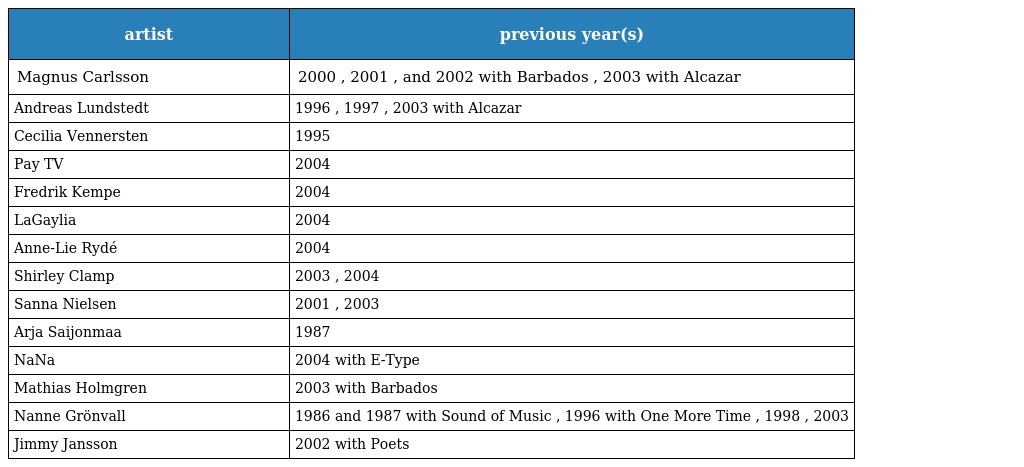
| artist | previous year(s) |
 | --- | --- |
 | Magnus Carlsson | 2000 , 2001 , and 2002 with Barbados , 2003 with Alcazar |
 | Andreas Lundstedt | 1996 , 1997 , 2003 with Alcazar |
 | Cecilia Vennersten | 1995 |
 | Pay TV | 2004 |
 | Fredrik Kempe | 2004 |
 | LaGaylia | 2004 |
 | Anne-Lie Rydé | 2004 |
 | Shirley Clamp | 2003 , 2004 |
 | Sanna Nielsen | 2001 , 2003 |
 | Arja Saijonmaa | 1987 |
 | NaNa | 2004 with E-Type |
 | Mathias Holmgren | 2003 with Barbados |
 | Nanne Grönvall | 1986 and 1987 with Sound of Music , 1996 with One More Time , 1998 , 2003 |
 | Jimmy Jansson | 2002 with Poets |